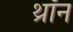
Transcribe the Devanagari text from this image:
थ्रॉन